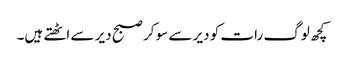
کچھ لوگ رات کو دیر سے سو کر صبح دیر سے اٹھتے ہیں۔